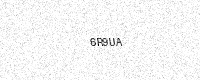
Text: 6R9UA